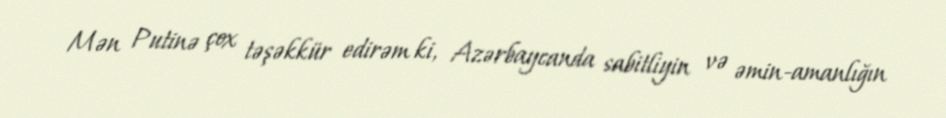
Mən Putinə çox təşəkkür edirəm ki, Azərbaycanda sabitliyin və əmin-amanlığın